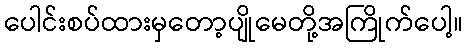
ပေါင်းစပ်ထားမှတော့ပျိုမေတို့အကြိုက်ပေါ့။